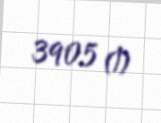
3905 ₼